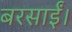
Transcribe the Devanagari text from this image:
बरसाईं।